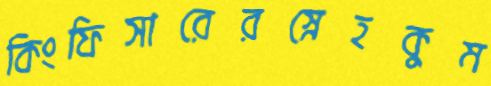
কিংফিসারেরস্নেহকুম